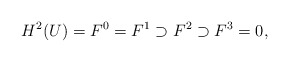
\begin{align*}H^2(U)=F^0=F^1 \supset F^2 \supset F^3=0,\end{align*}